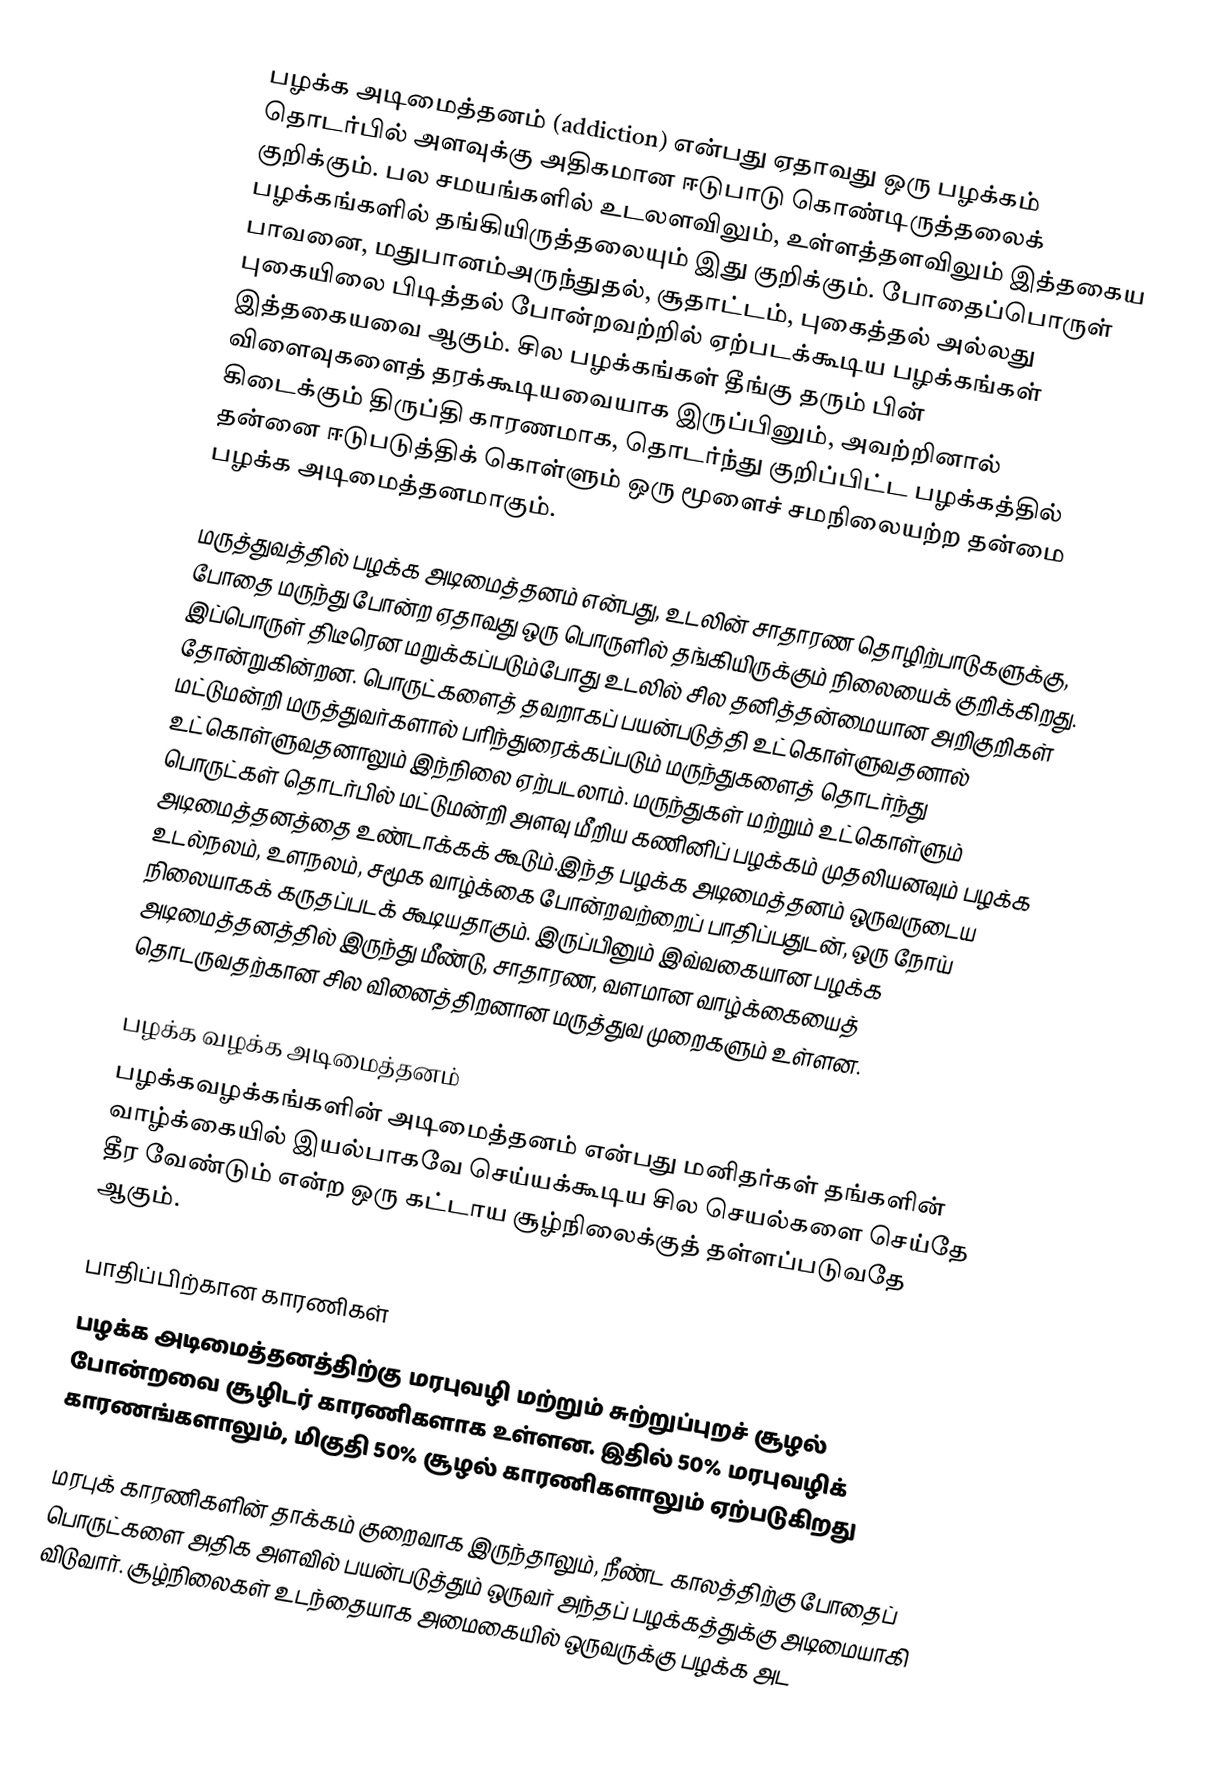
பழக்க அடிமைத்தனம் (addiction) என்பது ஏதாவது ஒரு பழக்கம் தொடர்பில் அளவுக்கு அதிகமான ஈடுபாடு கொண்டிருத்தலைக் குறிக்கும். பல சமயங்களில் உடலளவிலும், உள்ளத்தளவிலும் இத்தகைய பழக்கங்களில் தங்கியிருத்தலையும் இது குறிக்கும். போதைப்பொருள் பாவனை, மதுபானம்அருந்துதல், சூதாட்டம், புகைத்தல் அல்லது புகையிலை பிடித்தல் போன்றவற்றில் ஏற்படக்கூடிய பழக்கங்கள் இத்தகையவை ஆகும். சில பழக்கங்கள் தீங்கு தரும் பின் விளைவுகளைத் தரக்கூடியவையாக இருப்பினும், அவற்றினால் கிடைக்கும் திருப்தி காரணமாக, தொடர்ந்து குறிப்பிட்ட பழக்கத்தில் தன்னை ஈடுபடுத்திக் கொள்ளும் ஒரு மூளைச் சமநிலையற்ற தன்மை பழக்க அடிமைத்தனமாகும்.

மருத்துவத்தில் பழக்க அடிமைத்தனம் என்பது, உடலின் சாதாரண தொழிற்பாடுகளுக்கு, போதை மருந்து போன்ற ஏதாவது ஒரு பொருளில் தங்கியிருக்கும் நிலையைக் குறிக்கிறது. இப்பொருள் திடீரென மறுக்கப்படும்போது உடலில் சில தனித்தன்மையான அறிகுறிகள் தோன்றுகின்றன. பொருட்களைத் தவறாகப் பயன்படுத்தி உட்கொள்ளுவதனால் மட்டுமன்றி மருத்துவர்களால் பரிந்துரைக்கப்படும் மருந்துகளைத் தொடர்ந்து உட்கொள்ளுவதனாலும் இந்நிலை ஏற்படலாம். மருந்துகள் மற்றும் உட்கொள்ளும் பொருட்கள் தொடர்பில் மட்டுமன்றி அளவு மீறிய கணினிப் பழக்கம் முதலியனவும் பழக்க அடிமைத்தனத்தை உண்டாக்கக் கூடும்.இந்த பழக்க அடிமைத்தனம் ஒருவருடைய உடல்நலம், உளநலம், சமூக வாழ்க்கை போன்றவற்றைப் பாதிப்பதுடன், ஒரு நோய் நிலையாகக் கருதப்படக் கூடியதாகும். இருப்பினும் இவ்வகையான பழக்க அடிமைத்தனத்தில் இருந்து மீண்டு, சாதாரண, வளமான வாழ்க்கையைத் தொடருவதற்கான சில வினைத்திறனான மருத்துவ முறைகளும் உள்ளன.

பழக்க வழக்க அடிமைத்தனம்
பழக்கவழக்கங்களின் அடிமைத்தனம் என்பது மனிதர்கள்  தங்களின் வாழ்க்கையில் இயல்பாகவே செய்யக்கூடிய சில செயல்களை செய்தே தீர வேண்டும் என்ற ஒரு கட்டாய சூழ்நிலைக்குத் தள்ளப்படுவதே ஆகும்.

பாதிப்பிற்கான காரணிகள்
பழக்க அடிமைத்தனத்திற்கு மரபுவழி மற்றும் சுற்றுப்புறச் சூழல் போன்றவை சூழிடர் காரணிகளாக உள்ளன. இதில் 50%  மரபுவழிக் காரணங்களாலும், மிகுதி 50% சூழல் காரணிகளாலும் ஏற்படுகிறது

மரபுக் காரணிகளின் தாக்கம் குறைவாக இருந்தாலும், நீண்ட காலத்திற்கு போதைப் பொருட்களை அதிக அளவில் பயன்படுத்தும் ஒருவர் அந்தப் பழக்கத்துக்கு அடிமையாகி விடுவார். சூழ்நிலைகள் உடந்தையாக அமைகையில் ஒருவருக்கு பழக்க அட